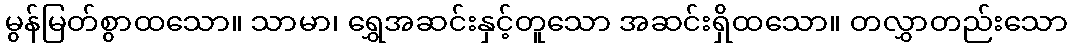
မွန်မြတ်စွာထသော။ သာမာ၊ ရွှေအဆင်းနှင့်တူသော အဆင်းရှိထသော။ တလွှာတည်းသော